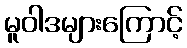
မူဝါဒများကြောင့်